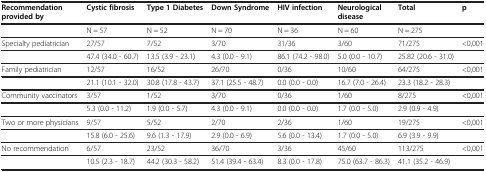
<table><thead><tr><td><b>Recommendation provided by</b></td><td><b>Cystic fibrosis</b></td><td><b>Type 1 Diabetes</b></td><td><b>Down Syndrome</b></td><td><b>HIV infection</b></td><td><b>Neurological disease</b></td><td><b>Total</b></td><td><b>p</b></td></tr></thead><tbody><tr><td>[EMPTY_CELL]</td><td>N = 57</td><td>N = 52</td><td>N = 70</td><td>N = 36</td><td>N = 60</td><td>N = 275</td><td>[EMPTY_CELL]</td></tr><tr><td>Specialty pediatrician</td><td>27/57</td><td>7/52</td><td>3/70</td><td>31/36</td><td>3/60</td><td>71/275</td><td>&lt;0,001</td></tr><tr><td>[EMPTY_CELL]</td><td>47.4 (34.0 - 60.7)</td><td>13.5 (3.9 - 23.1)</td><td>4.3 (0.0 - 9.1)</td><td>86.1 (74.2 - 98.0)</td><td>5.0 (0.0 - 10.7)</td><td>25.82 (20.6 - 31.0)</td><td>[EMPTY_CELL]</td></tr><tr><td>Family pediatrician</td><td>12/57</td><td>16/52</td><td>26/70</td><td>0/36</td><td>10/60</td><td>64/275</td><td>&lt;0,001</td></tr><tr><td>[EMPTY_CELL]</td><td>21.1 (10.1 - 32.0)</td><td>30.8 (17.8 - 43.7)</td><td>37.1 (25.5 - 48.7)</td><td>0.0 (0.0 - 0.0)</td><td>16.7 (7.0 - 26.4)</td><td>23.3 (18.2 - 28.3)</td><td>[EMPTY_CELL]</td></tr><tr><td>Community vaccinators</td><td>3/57</td><td>1/52</td><td>3/70</td><td>0/36</td><td>1/60</td><td>8/275</td><td>&lt;0,001</td></tr><tr><td>[EMPTY_CELL]</td><td>5.3 (0.0 - 11.2)</td><td>1.9 (0.0 - 5.7)</td><td>4.3 (0.0 - 9.1)</td><td>0.0 (0.0 - 0.0)</td><td>1.7 (0.0 - 5.0)</td><td>2.9 (0.9 - 4.9)</td><td>[EMPTY_CELL]</td></tr><tr><td>Two or more physicians</td><td>9/57</td><td>5/52</td><td>2/70</td><td>2/36</td><td>1/60</td><td>19/275</td><td>&lt;0,001</td></tr><tr><td>[EMPTY_CELL]</td><td>15.8 (6.0 - 25.6)</td><td>9.6 (1.3 - 17.9)</td><td>2.9 (0.0 - 6.9)</td><td>5.6 (0.0 - 13.4)</td><td>1.7 (0.0 - 5.0)</td><td>6.9 (3.9 - 9.9)</td><td>[EMPTY_CELL]</td></tr><tr><td>No recommendation</td><td>6/57</td><td>23/52</td><td>36/70</td><td>3/36</td><td>45/60</td><td>113/275</td><td>&lt;0,001</td></tr><tr><td>[EMPTY_CELL]</td><td>10.5 (2.3 - 18.7)</td><td>44.2 (30.3 - 58.2)</td><td>51.4 (39.4 - 63.4)</td><td>8.3 (0.0 - 17.8)</td><td>75.0 (63.7 - 86.3)</td><td>41.1 (35.2 - 46.9)</td><td>[EMPTY_CELL]</td></tr></tbody></table>